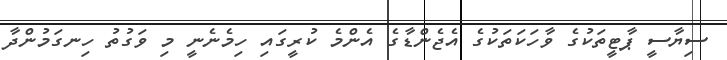
ސިޔާސީ ޕާޓީތަކުގެ ވާހަކަތަކުގެ އެޖެންޑާގެ އެންމެ ކުރީގައި ހިމެނެނީ މި ވަގުތު ހިނގަމުންދާ